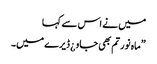
میں نے اس سے کہا
”ماہ نور تم بھی جاو ¿ ڈیرے میں۔